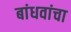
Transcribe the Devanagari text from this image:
बांधवांचा